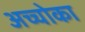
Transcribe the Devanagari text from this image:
अच्चोका